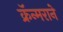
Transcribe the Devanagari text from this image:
क्रॅन्मराने